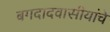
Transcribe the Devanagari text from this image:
बगदादवासीयांचे